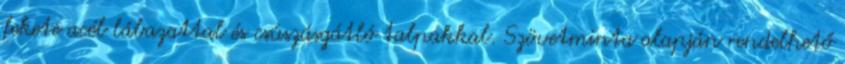
fekete acél lábazattal és csúszásgátló talpakkal. Szövetminta alapján rendelhető